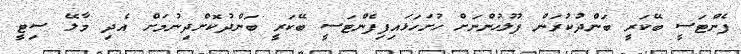
ފެންޓަސީ ބޭކަރީ ބަންދުކުރަން ފުލުހުންނަށް ހުށަހަޅައިފިފެންޓަސީ ބޭކަރީ ބަންދުކޮށްދިނުމަށް އެދި މާލޭ ސިޓީ